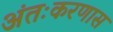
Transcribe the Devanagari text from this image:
अंतःकरणास